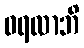
ဝရလာဘိ